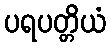
ပရပတ္တိယံ